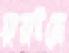
ফুরাইয়ো